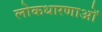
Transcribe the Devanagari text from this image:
लोकधारणाओं